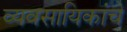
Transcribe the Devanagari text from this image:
व्यवसायिकांचे